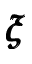
\pmb { \xi }